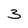
Character: 3